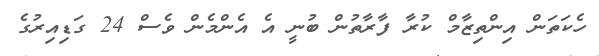
ހެކަތަން އިންތިޒާމް ކުރާ ފާރާތުން ބުނީ އެ އެންމެން ވެސް 24 ގަޑިއިރުގެ